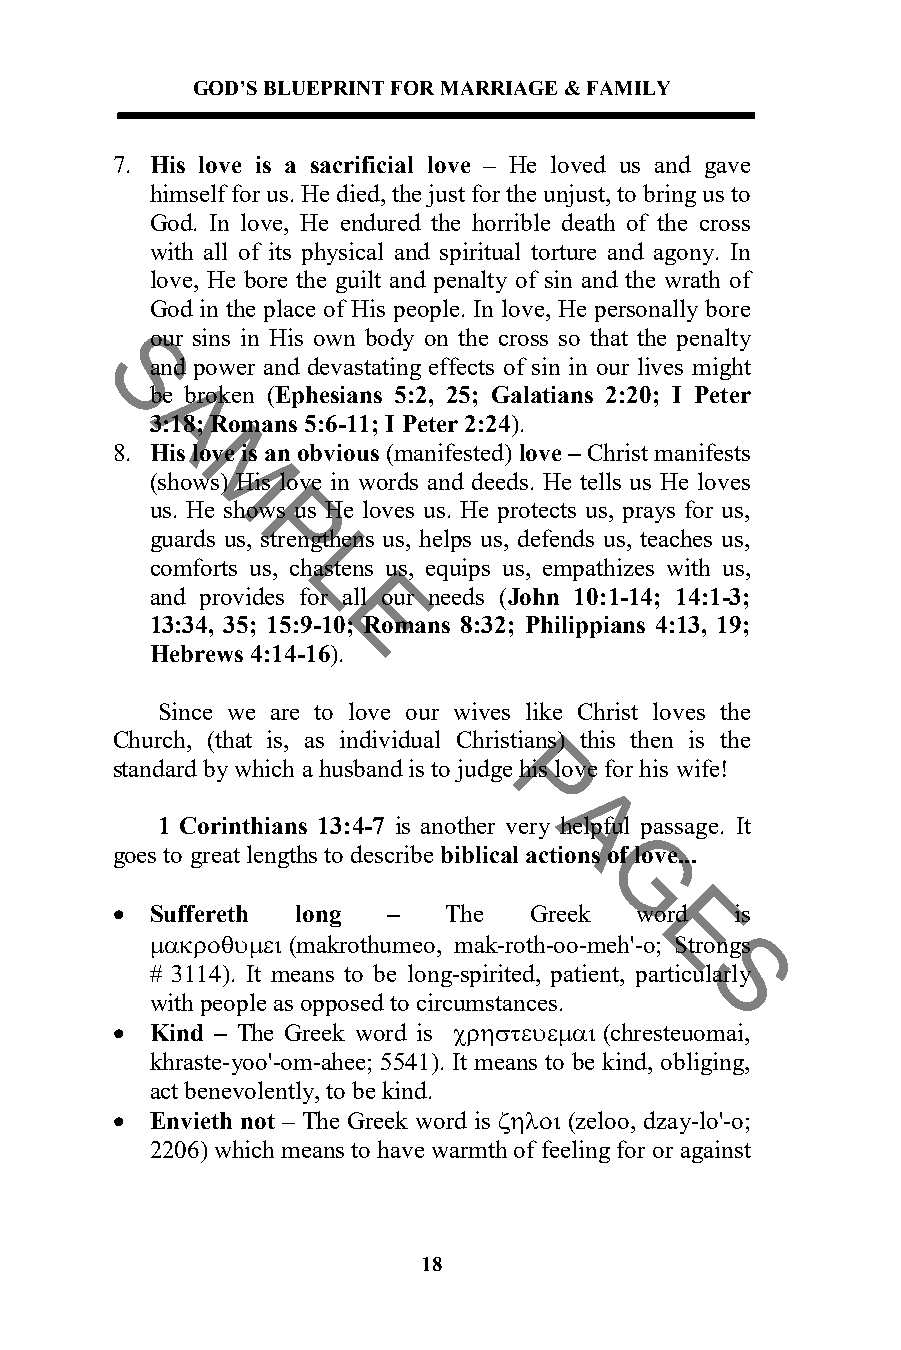
GOD’S BLUEPRINT FOR MARRIAGE & FAMILY
 7. His love is a sacrificial love – He loved us and gave
 himself for us. He died, the just for the unjust, to bring us to
 God. In love, He endured the horrible death of the cross
 with all of its physical and spiritual torture and agony. In
 love, He bore the guilt and penalty of sin and the wrath of
 God in the place of His people. In love, He personally bore
 our sins in His own body on the cross so that the penalty
 and power and devastating effects of sin in our lives might
 S
 be broken (Ephesians 5:2, 25; Galatians 2:20; I Peter
 A3:18; Romans 5:6-11; I Peter 2:24).
 8. His love is an obvious (manifested) love – Christ manifests
 (shoMws) His love in words and deeds. He tells us He loves
 us. He shows us He loves us. He protects us, prays for us,
 P
 guards us, strengthens us, helps us, defends us, teaches us,
 comforts us, Lchastens us, equips us, empathizes with us,
 and provides for all our needs (John 10:1-14; 14:1-3;
 E
 13:34, 35; 15:9-10; Romans 8:32; Philippians 4:13, 19;
 Hebrews 4:14-16).
 Since we are to love our wives like Christ loves the
 Church, (that is, as individual Christians) this then is the
 standard by which a husband is to judge his love for his wife!
 P
 1 Corinthians 13:4-7 is another veryA helpful passage. It
 goes to great lengths to describe biblical actions of love...
 G
 •  Suffereth long  –  The   Greek  word   is
 E
 µακροθυµει (makrothumeo, mak-roth-oo-meh'-o; Strongs
 # 3114). It means to be long-spirited, patient, particSularly
 with people as opposed to circumstances.
 •  Kind – The Greek word is χρηστευεµαι (chresteuomai,
 khraste-yoo'-om-ahee; 5541). It means to be kind, obliging,
 act benevolently, to be kind.
 •  Envieth not – The Greek word is ζηλοι (zeloo, dzay-lo'-o;
 2206) which means to have warmth of feeling for or against
 18